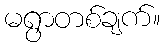
မရွာတစ်ချက်။